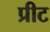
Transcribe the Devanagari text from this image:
प्रीट